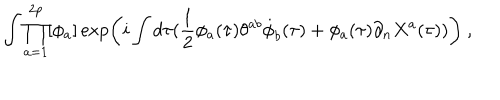
LaTeX: \int \prod _ { a = 1 } ^ { 2 p } [ \phi _ { a } ] \exp \left( i \int d \tau ( \frac { 1 } { 2 } \phi _ { a } ( \tau ) \theta ^ { a b } \dot { \phi } _ { b } ( \tau ) + \phi _ { a } ( \tau ) \partial _ { n } X ^ { a } ( \tau ) ) \right) \ ,